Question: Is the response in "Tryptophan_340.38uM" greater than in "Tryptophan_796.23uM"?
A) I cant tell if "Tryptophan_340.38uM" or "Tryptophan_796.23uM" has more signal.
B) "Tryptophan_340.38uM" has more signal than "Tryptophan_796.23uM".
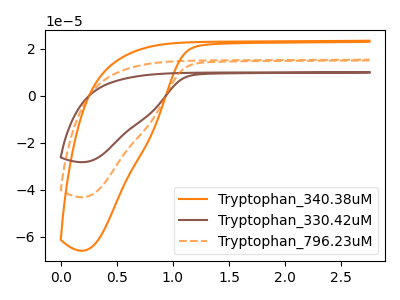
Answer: <think>The orange curve "Tryptophan_340.38uM" has no peaks. The brown curve "Tryptophan_330.42uM" has no peaks. The orange dashed curve "Tryptophan_796.23uM" has no peaks.
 Neither "Tryptophan_340.38uM" or "Tryptophan_796.23uM" have any peaks.</think>
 <answer>A) I cant tell if "Tryptophan_340.38uM" or "Tryptophan_796.23uM" has more signal.</answer>
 <eval>A</eval>